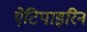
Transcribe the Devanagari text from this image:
ऐटिपाइरिन